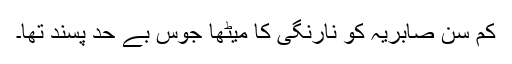
کم سن صابریہ کو نارنگی کا میٹھا جوس بے حد پسند تھا۔